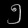
Digit: ၅